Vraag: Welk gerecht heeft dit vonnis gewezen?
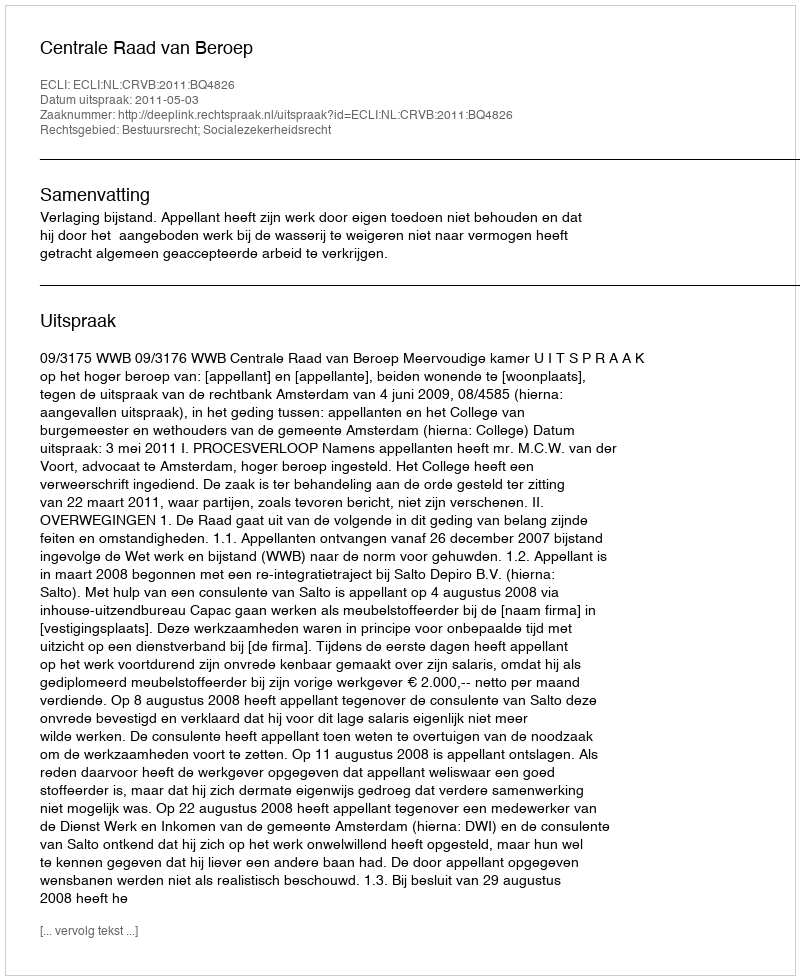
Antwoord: Centrale Raad van Beroep